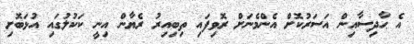
އެ ޙާދިސާއިން އަސަރުކޮށް އެންމެނަށް ރޮވިފައި ތިބިއިރު ރެޔާން އިނީ ކަކުލުގައި އުޅަބޮށި